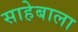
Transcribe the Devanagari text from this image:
साहेबाला